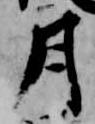
月